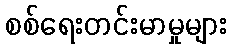
စစ်ရေးတင်းမာမှုများ